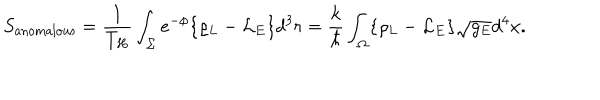
S _ { \mathrm { a n o m a l o u s } } = { \frac { 1 } { T _ { H } } } \int _ { \Sigma } e ^ { - \phi } \{ \varrho _ { L } - { \cal L } _ { E } \} d ^ { 3 } r = { \frac { k } { \hbar } } \int _ { \Omega } \{ \varrho _ { L } - { \cal L } _ { E } \} \sqrt { g _ { E } } d ^ { 4 } x .